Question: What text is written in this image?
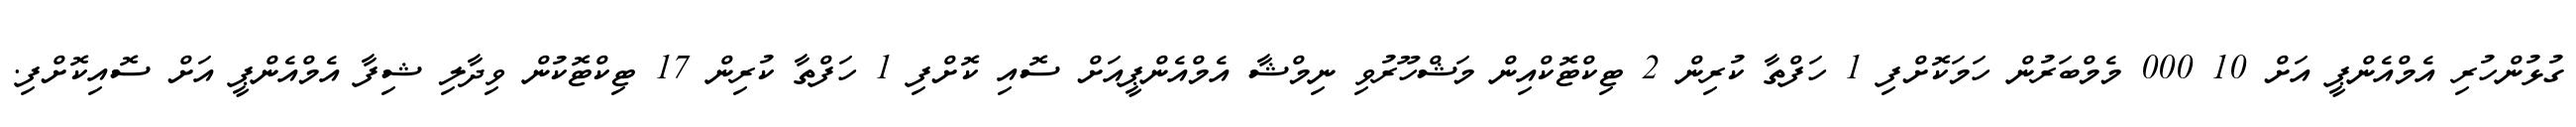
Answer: ގުޅުންހުރި އެމްއެންޕީ އަށް 10 000 މެމްބަރުން ހަމަކޮށްފި 1 ހަފްތާ ކުރިން 2 ޓިކްޓޮކްއިން މަޝްހޫރުވި ނިމްޝާ އެމްއެންޕީއަށް ސޮއި ކޮށްފި 1 ހަފްތާ ކުރިން 17 ޓިކްޓޮކުން ވިދާލި ޝިފާ އެމްއެންޕީ އަށް ސޮއިކޮށްފި.